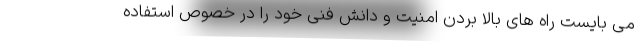
می بایست راه های بالا بردن امنیت و دانش فنی خود را در خصوص استفاده